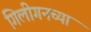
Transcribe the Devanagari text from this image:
गिलीगनच्या